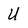
Character: U